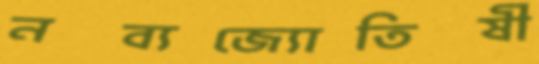
নব্যজ্যোতিষী